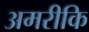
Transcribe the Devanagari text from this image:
अमरीकि